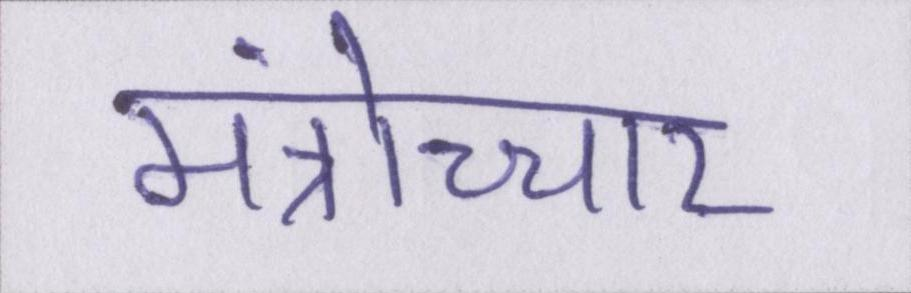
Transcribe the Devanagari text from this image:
मंत्रोच्चार